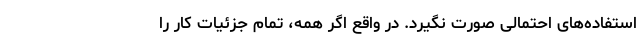
استفاده‌های احتمالی صورت نگیرد. در واقع اگر همه، تمام جزئیات کار را